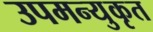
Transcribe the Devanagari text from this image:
उपमन्युकृत